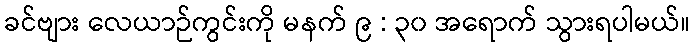
ခင်ဗျား လေယာဉ်ကွင်းကို မနက် ၉ : ၃၀ အရောက် သွားရပါမယ်။